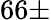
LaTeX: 66\pm